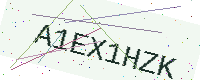
Text: A1EX1HZK